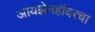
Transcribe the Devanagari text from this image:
आयझेनहॉवरचा